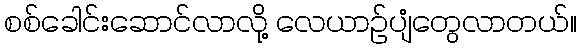
စစ်ခေါင်းဆောင်လာလို့ လေယာဉ်ပျံတွေလာတယ်။